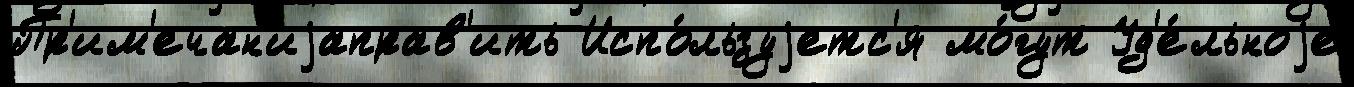
Пр'им'ечан'иjаправ'ить Испо́льзуjетс'я мо́гут Уд'е́льноjе